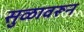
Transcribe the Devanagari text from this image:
सुळावरून